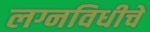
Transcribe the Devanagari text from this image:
लग्नविधीचे